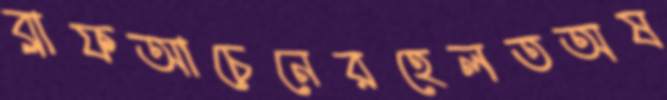
ব্লাফআচেনেরহেলতঅষ